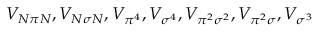
V _ { N \pi N } , V _ { N \sigma N } , V _ { \pi ^ { 4 } } , V _ { \sigma ^ { 4 } } , V _ { \pi ^ { 2 } \sigma ^ { 2 } } , V _ { \pi ^ { 2 } \sigma } , V _ { \sigma ^ { 3 } }